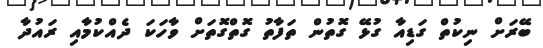
ބޭރަށް ނިކުތް ގަޑިއާ ގުޅޭ ގޮތުން ތަފާތު ގޮތްގޮތަށް ވާހަކަ ދެއްކުމާއި ރައުދާ